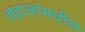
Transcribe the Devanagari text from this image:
जहाजांमधील